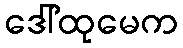
ဒေါ်ထုမေက